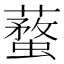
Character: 𧒚